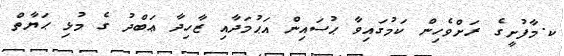
ކ.މާފުށީގެ ރަށްވެހިން ކަމުގައިވާ ޙުސައިން އަޙުމަދާއި ޒާހިދާ ޢަބްދު ގެ މުޅި ޙަޔާތް